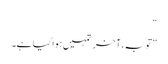
“
”توبہ، آخر تمہیں ہوا کیا ہے۔